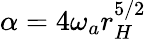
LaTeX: \alpha=4\omega_{a}r_{H}^{5/2}